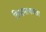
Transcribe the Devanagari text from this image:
विश्वमानवता